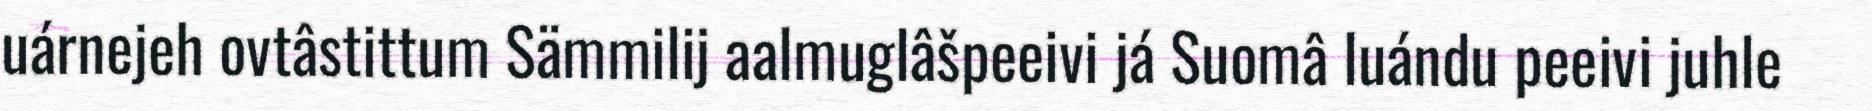
uárnejeh ovtâstittum Sämmilij aalmuglâšpeeivi já Suomâ luándu peeivi juhle